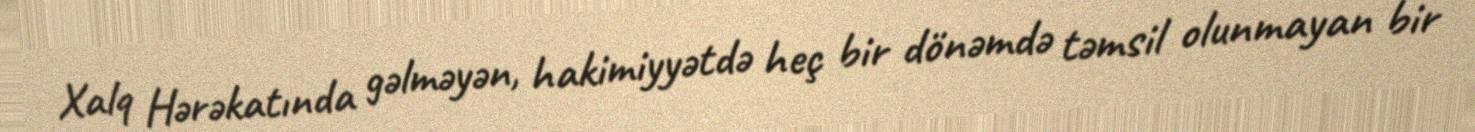
Xalq Hərəkatında gəlməyən, hakimiyyətdə heç bir dönəmdə təmsil olunmayan bir